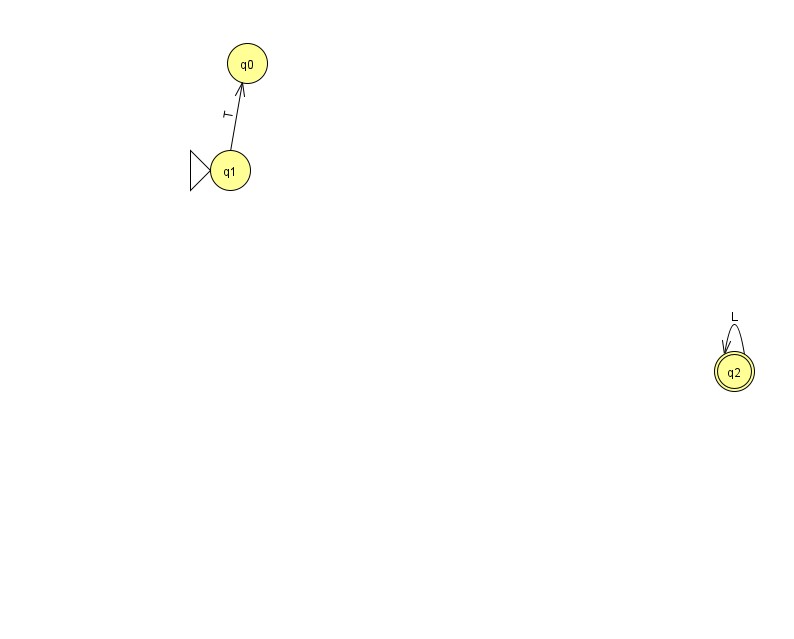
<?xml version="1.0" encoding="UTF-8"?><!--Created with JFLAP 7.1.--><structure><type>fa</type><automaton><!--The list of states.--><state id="0" name="q0"><x>247.0</x><y>50.0</y></state><state id="1" name="q1"><x>230.0</x><y>157.0</y><initial/></state><state id="2" name="q2"><x>734.0</x><y>358.0</y><final/></state><!--The list of transitions.--><transition><from>1</from><to>0</to><read>T</read></transition><transition><from>2</from><to>2</to><read>L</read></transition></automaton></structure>